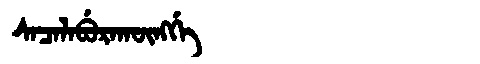
Manchu: ᠰᠠᠴᠠᠯᠠᠪᡠᡵᠠᡴᡡᠩᡤᡝ
Romanization: SACALABURAKŪNGGE